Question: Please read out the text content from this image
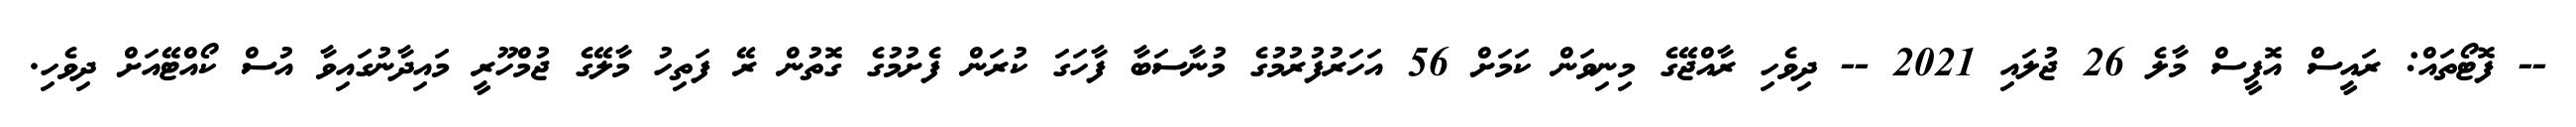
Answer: -- ފޮޓޯތައް: ރައީސް އޮފީސް މާލެ 26 ޖުލައި 2021 -- ދިވެހި ރާއްޖޭގެ މިނިވަން ކަމަށް 56 އަހަރުފުރުމުގެ މުނާސަބާ ފާހަގަ ކުރަން ފެށުމުގެ ގޮތުން ރޭ ފަތިހު މާލޭގެ ޖުމްހޫރީ މައިދާނުގައިވާ އުސް ކޯއްޓޭއަށް ދިވެހި.